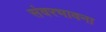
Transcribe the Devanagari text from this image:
संवरभावना